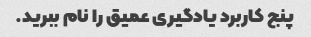
پنج کاربرد یادگیری عمیق را نام ببرید.